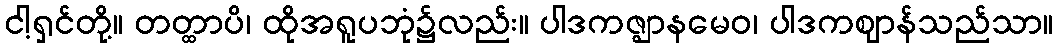
ငါ့ရှင်တို့။ တတ္ထာပိ၊ ထိုအရူပဘုံ၌လည်း။ ပါဒကဇ္ဈာနမေဝ၊ ပါဒကဈာန်သည်သာ။